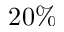
2 0 \%